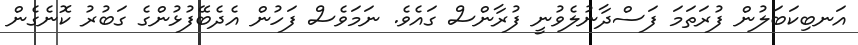
އަނބިކަބަލުން ފުރަތަމަ ފަސްދާނުލެވުނީ ފުރާންސް ގައެވެ. ނަމަވެސް ފަހުން އެދެބޭފުޅުންގެ ގަބުރު ކޮނެގެން